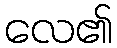
လေ၏